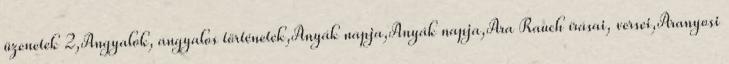
üzenetek 2,Angyalok, angyalos történetek,Anyák napja,Anyák napja,Ara Rauch írásai, versei,Aranyosi